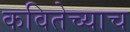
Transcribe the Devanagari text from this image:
कवितेच्याच